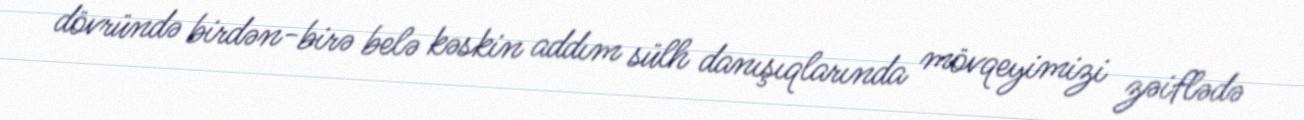
dövründə birdən-birə belə kəskin addım sülh danışıqlarında mövqeyimizi zəiflədə